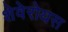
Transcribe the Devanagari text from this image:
शेवेरोयस